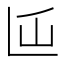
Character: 𰀵